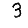
Digit: 3